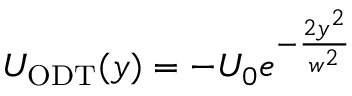
U _ { \mathrm { O D T } } ( y ) = - U _ { 0 } e ^ { - \frac { 2 y ^ { 2 } } { w ^ { 2 } } }